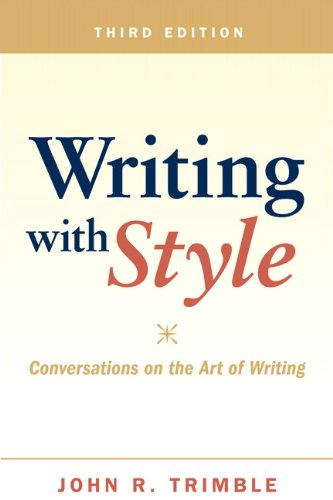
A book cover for Writing with Style: Conversations on the Art of Writing (3rd Edition); John R. Trimble; Reference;